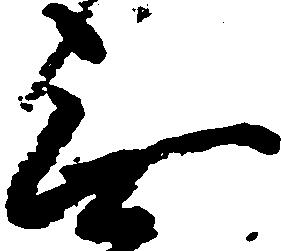
無